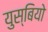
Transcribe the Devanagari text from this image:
युस्बियो